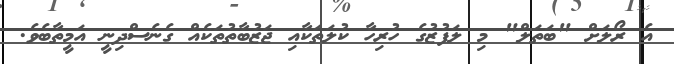
އެ ރޯލަށް "ބަތަލް" މި ލަފުޒުގެ ހުރިހާ ކުލަތަކާއި ޖަޒުބާތުތަކެއް ގެނެސްދިނީ އަމީތާބެވެ.